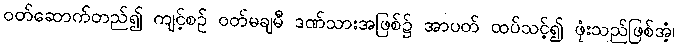
ဝတ်ဆောက်တည်၍ ကျင့်စဉ် ဝတ်မချမီ ဒဏ်သားအဖြစ်၌ အာပတ် ထပ်သင့်၍ ဖုံးသည်ဖြစ်အံ့၊